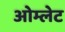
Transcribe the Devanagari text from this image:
ओम्लेट